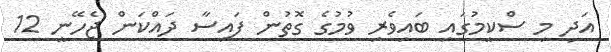
އަދި މި ސްކީމުގައި ބައިވެރި ވުމުގެ ގޮތުން ފައިސާ ދައްކަން ޖެހޭނީ 12